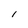
Character: I